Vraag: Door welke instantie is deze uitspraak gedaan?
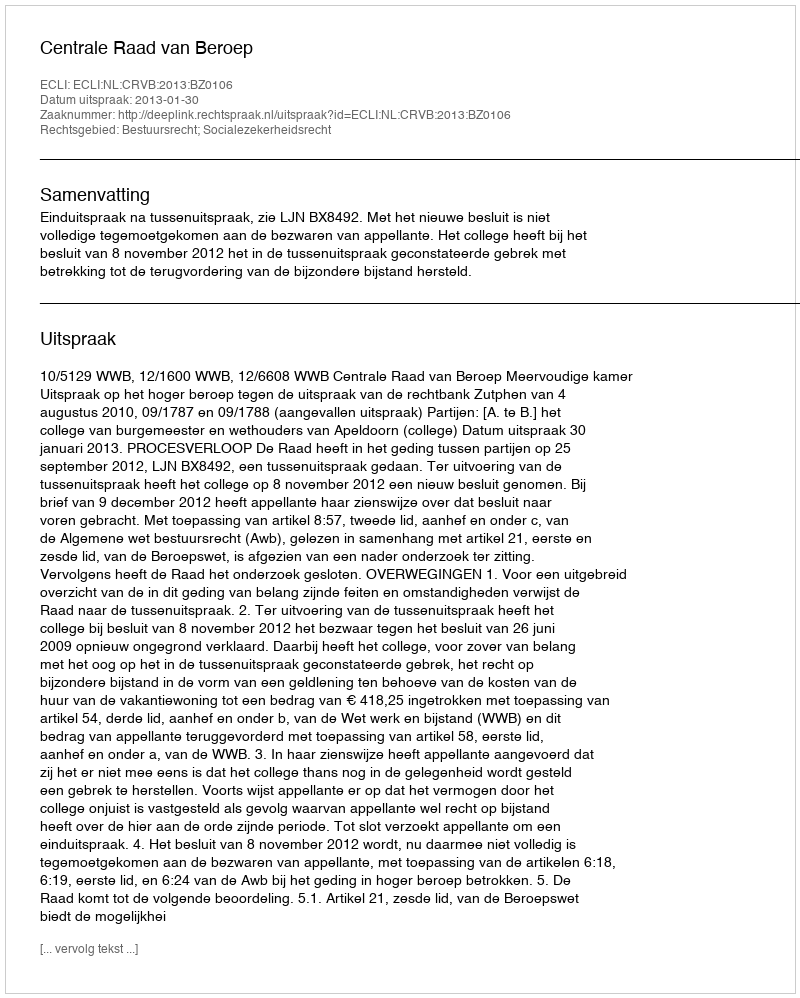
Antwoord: Centrale Raad van Beroep